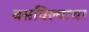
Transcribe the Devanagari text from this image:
बसविल्याचा